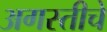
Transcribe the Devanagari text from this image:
अगस्तीचे